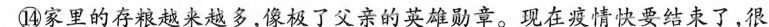
⑭家里的存粮越来越多，了父亲的英雄勋章。现在夏情快要结束了，很